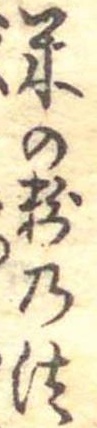
米の粉の法